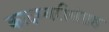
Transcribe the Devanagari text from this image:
कादम्बरीसंग्रह